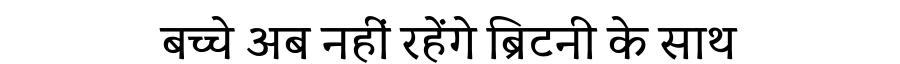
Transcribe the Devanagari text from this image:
बच्चे अब नहीं रहेंगे ब्रिटनी के साथ